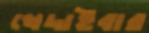
খেদাইবার